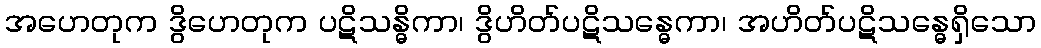
အဟေတုက ဒွိဟေတုက ပဋိသန္ဓိကာ၊ ဒွိဟိတ်ပဋိသန္ဓေကာ၊ အဟိတ်ပဋိသန္ဓေရှိသော